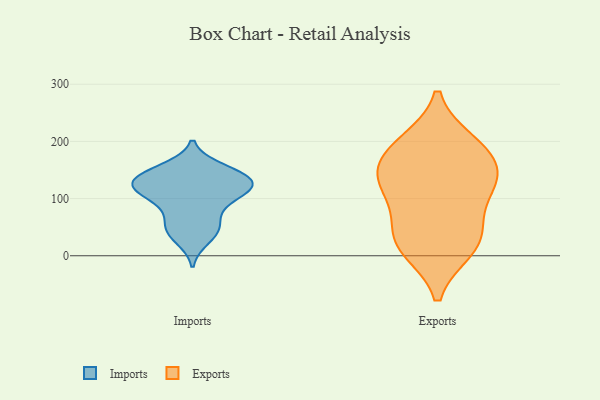
{"axis": {"x": "LTV (USD)", "y": "Value"}, "legend": ["Exports", "Imports"], "data": [{"x": "", "y": 121, "type": "Imports"}, {"x": "", "y": 116, "type": "Imports"}, {"x": "", "y": 52, "type": "Imports"}, {"x": "", "y": 54, "type": "Imports"}, {"x": "", "y": 93, "type": "Imports"}, {"x": "", "y": 117, "type": "Imports"}, {"x": "", "y": 139, "type": "Imports"}, {"x": "", "y": 133, "type": "Imports"}, {"x": "", "y": 29, "type": "Imports"}, {"x": "", "y": 138, "type": "Imports"}, {"x": "", "y": 43, "type": "Imports"}, {"x": "", "y": 117, "type": "Imports"}, {"x": "", "y": 148, "type": "Imports"}, {"x": "", "y": 153, "type": "Imports"}, {"x": "", "y": 122, "type": "Imports"}, {"x": "", "y": 88, "type": "Imports"}, {"x": "", "y": 132, "type": "Exports"}, {"x": "", "y": 188, "type": "Exports"}, {"x": "", "y": 178, "type": "Exports"}, {"x": "", "y": 122, "type": "Exports"}, {"x": "", "y": 115, "type": "Exports"}, {"x": "", "y": 56, "type": "Exports"}, {"x": "", "y": 12, "type": "Exports"}, {"x": "", "y": 143, "type": "Exports"}, {"x": "", "y": 31, "type": "Exports"}, {"x": "", "y": 197, "type": "Exports"}, {"x": "", "y": 18, "type": "Exports"}]}